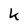
Character: k